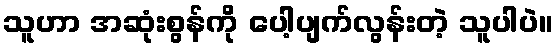
သူဟာ အဆုံးစွန်ကို ပေါ့ပျက်လွန်းတဲ့ သူပါပဲ။